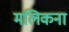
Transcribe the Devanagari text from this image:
मलिकना